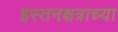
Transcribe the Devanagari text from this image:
हस्तनक्षत्राच्या